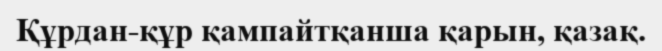
Құрдан-құр қампайтқанша қарын, қазақ.